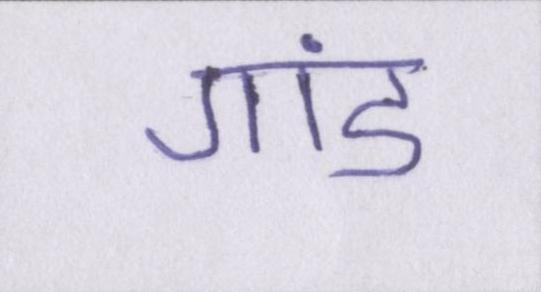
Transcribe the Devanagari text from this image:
गांड